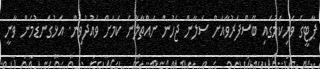
ޕާޓީގެ ވެރިކަމުގައި ބޭސްފަރުވާއަށް ސަލާން ޖެހުން ނައްތާލާނެ ކަމަށް ވައުދުވިން. އަޅުގަނޑުމެން ވާނީ